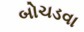
બોચડવા